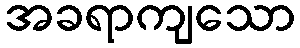
အခရာကျသော